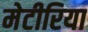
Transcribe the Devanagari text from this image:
मेटीरिया